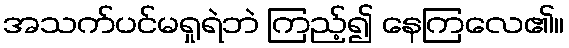
အသက်ပင်မရှုရဲဘဲ ကြည့်၍ နေကြလေ၏။